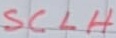
Text: SCLH